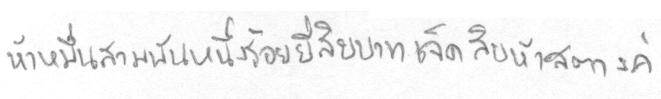
ห้าหมื่นสามพันหนึ่งร้อยยี่สิบบาทเจ็ดสิบห้าสตางค์